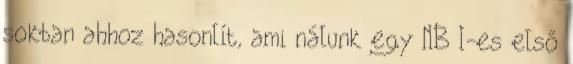
sokban ahhoz hasonlít, ami nálunk egy NB I-es első